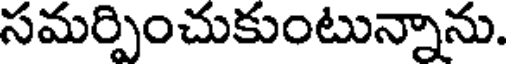
సమర్పించుకుంటున్నాను.